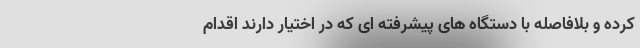
کرده و بلافاصله با دستگاه های پیشرفته ای که در اختیار دارند اقدام